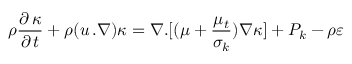
\rho \frac { { \partial \, \kappa } } { { \partial \, t } } + \rho ( u \, . \nabla ) \kappa = \nabla . [ ( \mu + \frac { { { \mu _ { t } } } } { { { \sigma _ { k } } } } ) \nabla \kappa ] + { P _ { k } } - \rho \varepsilon